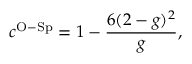
c ^ { \mathrm { O - S p } } = 1 - \frac { 6 ( 2 - g ) ^ { 2 } } { g } ,